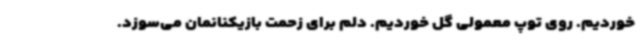
خوردیم. روی توپ معمولی گل خوردیم. دلم برای زحمت بازیکنانمان می‌سوزد.